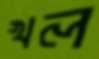
খল